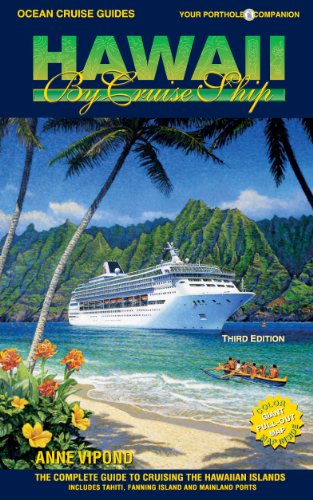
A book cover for HAWAII BY CRUISE SHIP - 3rd Edition: The Complete Guide to Cruising the Hawaiian Islands. Includes Tahiti, Fanning Island and Mainland Ports.; Anne Vipond; Travel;